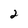
Character: 2